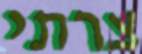
צרתי